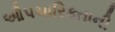
ઔપચારિકતાની